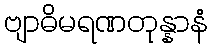
ဗျာဓိမရဏတုန္နာနံ